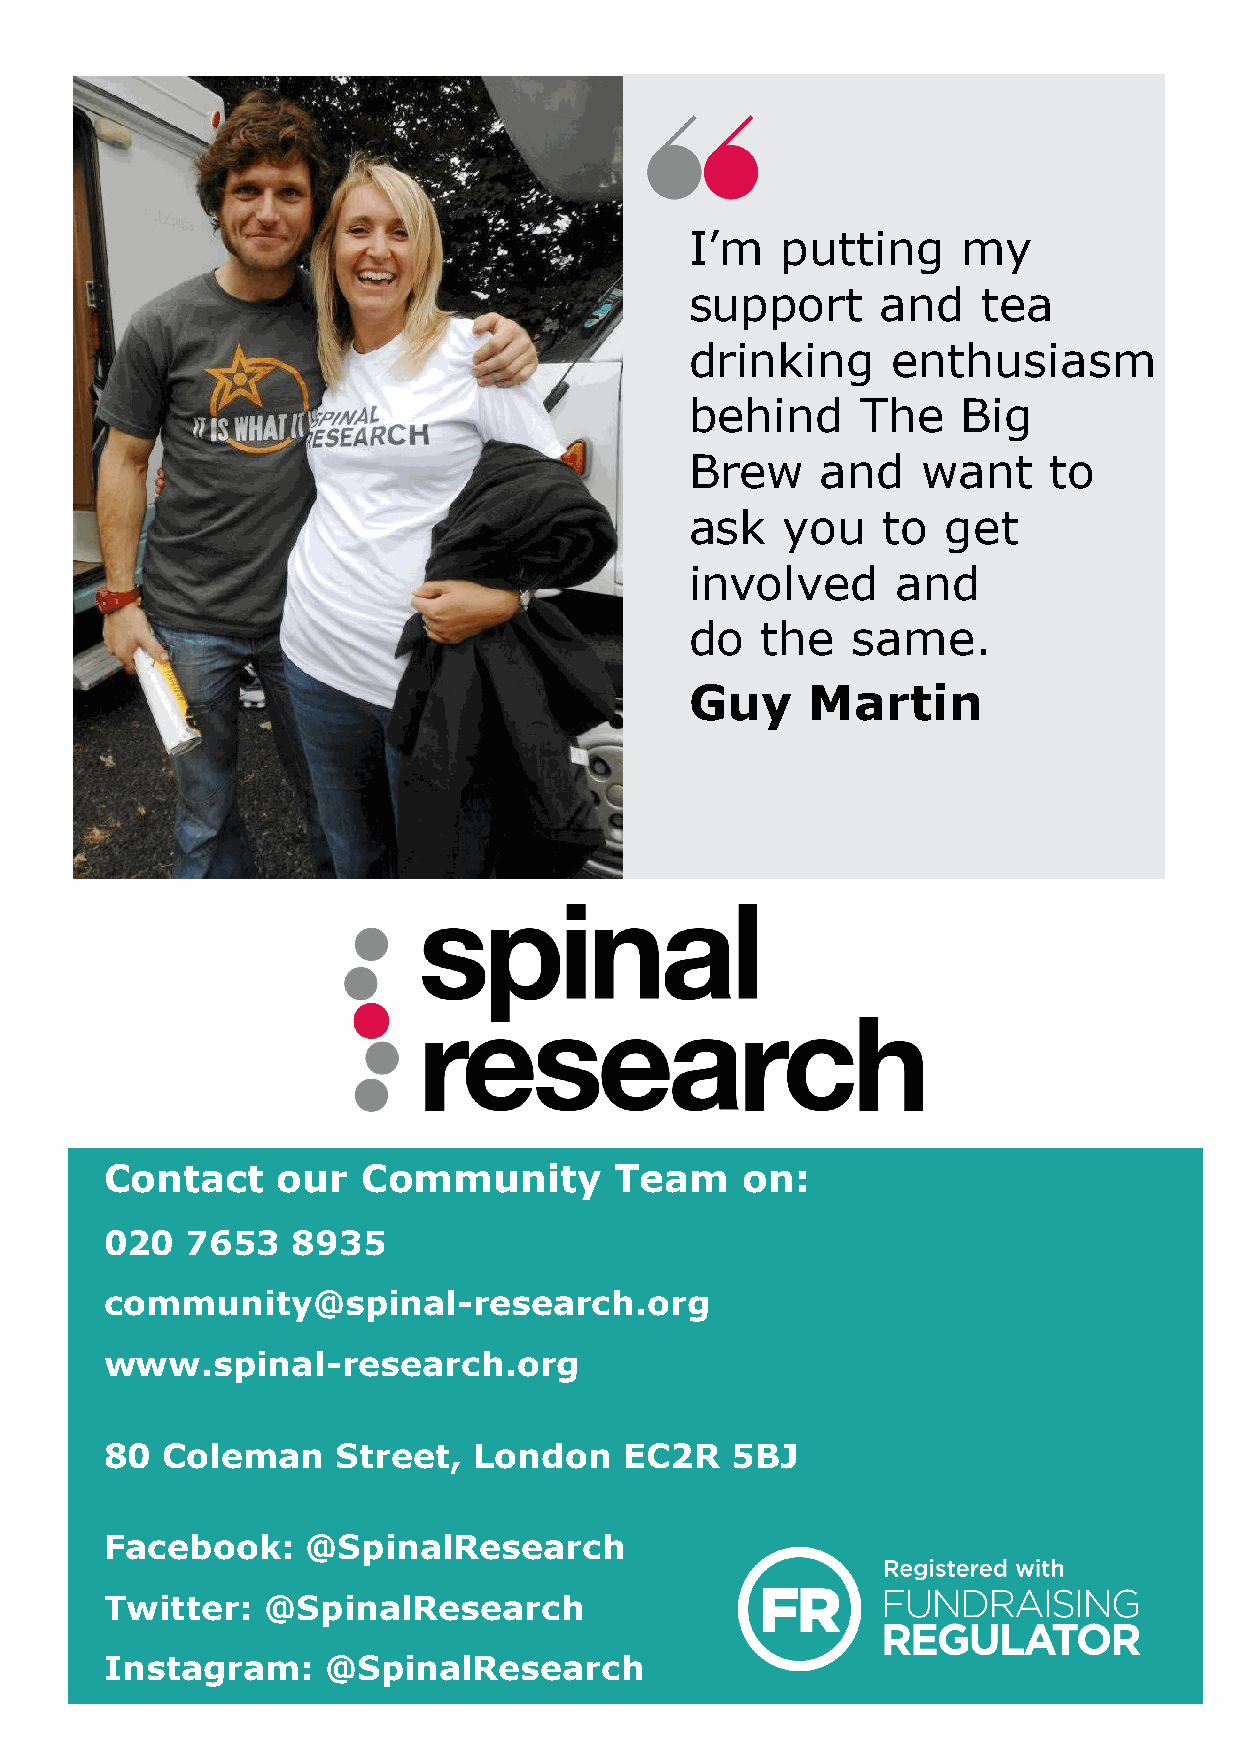
I’m   putting     my
 support     and    tea
 drinking     enthusiasm
 behind     The    Big
 Brew    and    want    to
 ask   you   to   get
 involved     and
 do  the   same.
 Guy     Martin
 Contact    our   Community        Team    on:
 020  7653   8935
 community@spinal-research.org
 www.spinal-research.org
 80  Coleman    Street,  London    EC2R   5BJ
 Facebook:    @SpinalResearch
 Twitter:  @SpinalResearch
 Instagram:     @SpinalResearch